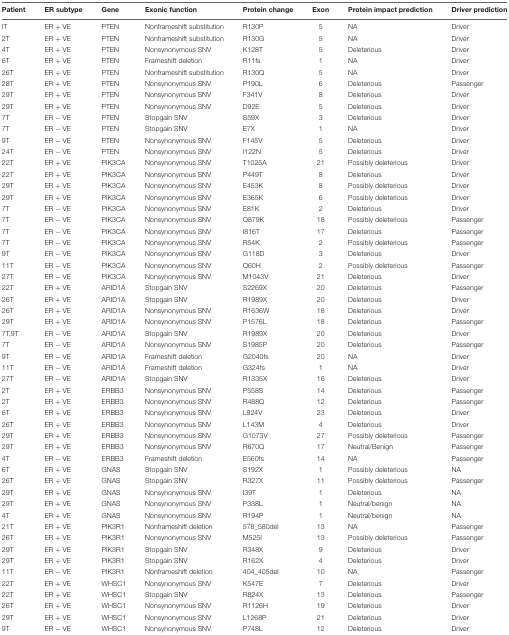
<table><thead><tr><td><b>Patient</b></td><td><b>ER subtype</b></td><td><b>Gene</b></td><td><b>Exonic function</b></td><td><b>Protein change</b></td><td><b>Exon</b></td><td><b>Protein impact prediction</b></td><td><b>Driver prediction</b></td></tr></thead><tbody><tr><td>IT</td><td>ER + VE</td><td>PTEN</td><td>Nonframeshift substitution</td><td>R130P</td><td>5</td><td>NA</td><td>Driver</td></tr><tr><td>2T</td><td>ER + VE</td><td>PTEN</td><td>Nonframeshift substitution</td><td>R130G</td><td>5</td><td>NA</td><td>Driver</td></tr><tr><td>4T</td><td>ER + VE</td><td>PTEN</td><td>Nonsynonymous SNV</td><td>K128T</td><td>5</td><td>Deleterious</td><td>Driver</td></tr><tr><td>6T</td><td>ER + VE</td><td>PTEN</td><td>Frameshift deletion</td><td>R11fs</td><td>1</td><td>NA</td><td>Driver</td></tr><tr><td>26T</td><td>ER + VE</td><td>PTEN</td><td>Nonframeshift substitution</td><td>R130Q</td><td>5</td><td>NA</td><td>Driver</td></tr><tr><td>28T</td><td>ER + VE</td><td>PTEN</td><td>Nonsynonymous SNV</td><td>P190L</td><td>6</td><td>Deleterious</td><td>Passenger</td></tr><tr><td>29T</td><td>ER + VE</td><td>PTEN</td><td>Nonsynonymous SNV</td><td>F341V</td><td>8</td><td>Deleterious</td><td>Driver</td></tr><tr><td>29T</td><td>ER + VE</td><td>PTEN</td><td>Nonsynonymous SNV</td><td>D92E</td><td>5</td><td>Deleterious</td><td>Driver</td></tr><tr><td>7T</td><td>ER - VE</td><td>PTEN</td><td>Stopgain SNV</td><td>S59X</td><td>3</td><td>Deleterious</td><td>Driver</td></tr><tr><td>7T</td><td>ER - VE</td><td>PTEN</td><td>Stopgain SNV</td><td>E7X</td><td>1</td><td>NA</td><td>Driver</td></tr><tr><td>9T</td><td>ER - VE</td><td>PTEN</td><td>Nonsynonymous SNV</td><td>F145V</td><td>5</td><td>Deleterious</td><td>Driver</td></tr><tr><td>24T</td><td>ER - VE</td><td>PTEN</td><td>Nonsynonymous SNV</td><td>I122N</td><td>5</td><td>Deleterious</td><td>Driver</td></tr><tr><td>22T</td><td>ER + VE</td><td>PIK3CA</td><td>Nonsynonymous SNV</td><td>T1025A</td><td>21</td><td>Possibly deleterious</td><td>Driver</td></tr><tr><td>22T</td><td>ER + VE</td><td>PIK3CA</td><td>Nonsynonymous SNV</td><td>P449T</td><td>8</td><td>Deleterious</td><td>Driver</td></tr><tr><td>29T</td><td>ER + VE</td><td>PIK3CA</td><td>Nonsynonymous SNV</td><td>E453K</td><td>8</td><td>Possibly deleterious</td><td>Driver</td></tr><tr><td>29T</td><td>ER + VE</td><td>PIK3CA</td><td>Nonsynonymous SNV</td><td>E365K</td><td>6</td><td>Possibly deleterious</td><td>Driver</td></tr><tr><td>7T</td><td>ER - VE</td><td>PIK3CA</td><td>Nonsynonymous SNV</td><td>E81K</td><td>2</td><td>Deleterious</td><td>Driver</td></tr><tr><td>7T</td><td>ER - VE</td><td>PIK3CA</td><td>Nonsynonymous SNV</td><td>Q879K</td><td>18</td><td>Possibly deleterious</td><td>Passenger</td></tr><tr><td>7T</td><td>ER - VE</td><td>PIK3CA</td><td>Nonsynonymous SNV</td><td>I816T</td><td>17</td><td>Deleterious</td><td>Passenger</td></tr><tr><td>7T</td><td>ER - VE</td><td>PIK3CA</td><td>Nonsynonymous SNV</td><td>R54K</td><td>2</td><td>Possibly deleterious</td><td>Passenger</td></tr><tr><td>9T</td><td>ER - VE</td><td>PIK3CA</td><td>Nonsynonymous SNV</td><td>G118D</td><td>3</td><td>Deleterious</td><td>Driver</td></tr><tr><td>11T</td><td>ER - VE</td><td>PIK3CA</td><td>Nonsynonymous SNV</td><td>Q60H</td><td>2</td><td>Possibly deleterious</td><td>Passenger</td></tr><tr><td>27T</td><td>ER - VE</td><td>PIK3CA</td><td>Nonsynonymous SNV</td><td>M1043V</td><td>21</td><td>Deleterious</td><td>Driver</td></tr><tr><td>22T</td><td>ER + VE</td><td>ARID1A</td><td>Stopgain SNV</td><td>S2269X</td><td>20</td><td>Deleterious</td><td>Passenger</td></tr><tr><td>26T</td><td>ER + VE</td><td>ARID1A</td><td>Stopgain SNV</td><td>R1989X</td><td>20</td><td>Deleterious</td><td>Driver</td></tr><tr><td>26T</td><td>ER + VE</td><td>ARID1A</td><td>Nonsynonymous SNV</td><td>R1636W</td><td>18</td><td>Deleterious</td><td>Driver</td></tr><tr><td>29T</td><td>ER + VE</td><td>ARID1A</td><td>Nonsynonymous SNV</td><td>P1576L</td><td>18</td><td>Deleterious</td><td>Passenger</td></tr><tr><td>7T,9T</td><td>ER - VE</td><td>ARID1A</td><td>Stopgain SNV</td><td>R1989X</td><td>20</td><td>Deleterious</td><td>Driver</td></tr><tr><td>7T</td><td>ER - VE</td><td>ARID1A</td><td>Nonsynonymous SNV</td><td>S1985P</td><td>20</td><td>Deleterious</td><td>Passenger</td></tr><tr><td>9T</td><td>ER - VE</td><td>ARID1A</td><td>Frameshift deletion</td><td>G2040fs</td><td>20</td><td>NA</td><td>Driver</td></tr><tr><td>11T</td><td>ER - VE</td><td>ARID1A</td><td>Frameshift deletion</td><td>G324fs</td><td>1</td><td>NA</td><td>Driver</td></tr><tr><td>27T</td><td>ER - VE</td><td>ARID1A</td><td>Stopgain SNV</td><td>R1335X</td><td>16</td><td>Deleterious</td><td>Driver</td></tr><tr><td>2T</td><td>ER + VE</td><td>ERBB3</td><td>Nonsynonymous SNV</td><td>P558S</td><td>14</td><td>Deleterious</td><td>Passenger</td></tr><tr><td>2T</td><td>ER + VE</td><td>ERBB3</td><td>Nonsynonymous SNV</td><td>R488Q</td><td>12</td><td>Deleterious</td><td>Passenger</td></tr><tr><td>6T</td><td>ER + VE</td><td>ERBB3</td><td>Nonsynonymous SNV</td><td>L924V</td><td>23</td><td>Deleterious</td><td>Driver</td></tr><tr><td>26T</td><td>ER + VE</td><td>ERBB3</td><td>Nonsynonymous SNV</td><td>L143M</td><td>4</td><td>Deleterious</td><td>Driver</td></tr><tr><td>29T</td><td>ER + VE</td><td>ERBB3</td><td>Nonsynonymous SNV</td><td>G1073V</td><td>27</td><td>Possibly deleterious</td><td>Passenger</td></tr><tr><td>29T</td><td>ER + VE</td><td>ERBB3</td><td>Nonsynonymous SNV</td><td>R670Q</td><td>17</td><td>Neutral/Benign</td><td>Passenger</td></tr><tr><td>4T</td><td>ER - VE</td><td>ERBB3</td><td>Frameshift deletion</td><td>E560fs</td><td>14</td><td>NA</td><td>Passenger</td></tr><tr><td>6T</td><td>ER + VE</td><td>GNAS</td><td>Stopgain SNV</td><td>S192X</td><td>1</td><td>Possibly deleterious</td><td>NA</td></tr><tr><td>26T</td><td>ER + VE</td><td>GNAS</td><td>Stopgain SNV</td><td>R327X</td><td>11</td><td>Possibly deleterious</td><td>Passenger</td></tr><tr><td>29T</td><td>ER + VE</td><td>GNAS</td><td>Nonsynonymous SNV</td><td>I39T</td><td>1</td><td>Deleterious</td><td>NA</td></tr><tr><td>29T</td><td>ER + VE</td><td>GNAS</td><td>Nonsynonymous SNV</td><td>P338L</td><td>1</td><td>Neutral/benign</td><td>NA</td></tr><tr><td>4T</td><td>ER + VE</td><td>GNAS</td><td>Nonsynonymous SNV</td><td>R194P</td><td>1</td><td>Neutral/benign</td><td>NA</td></tr><tr><td>21T</td><td>ER + VE</td><td>PIK3R1</td><td>Nonframeshift deletion</td><td>578_580del</td><td>13</td><td>NA</td><td>Passenger</td></tr><tr><td>26T</td><td>ER + VE</td><td>PIK3R1</td><td>Nonsynonymous SNV</td><td>M525I</td><td>13</td><td>Possibly deleterious</td><td>Passenger</td></tr><tr><td>29T</td><td>ER + VE</td><td>PIK3R1</td><td>Stopgain SNV</td><td>R348X</td><td>9</td><td>Deleterious</td><td>Driver</td></tr><tr><td>29T</td><td>ER + VE</td><td>PIK3R1</td><td>Stopgain SNV</td><td>R162X</td><td>4</td><td>Deleterious</td><td>Driver</td></tr><tr><td>11T</td><td>ER - VE</td><td>PIK3R1</td><td>Nonframeshift deletion</td><td>404_405del</td><td>10</td><td>NA</td><td>Passenger</td></tr><tr><td>22T</td><td>ER + VE</td><td>WHSC1</td><td>Nonsynonymous SNV</td><td>K547E</td><td>7</td><td>Deleterious</td><td>Driver</td></tr><tr><td>22T</td><td>ER + VE</td><td>WHSC1</td><td>Stopgain SNV</td><td>R824X</td><td>13</td><td>Deleterious</td><td>Passenger</td></tr><tr><td>26T</td><td>ER + VE</td><td>WHSC1</td><td>Nonsynonymous SNV</td><td>R1126H</td><td>19</td><td>Deleterious</td><td>Driver</td></tr><tr><td>29T</td><td>ER + VE</td><td>WHSC1</td><td>Nonsynonymous SNV</td><td>L1268P</td><td>21</td><td>Deleterious</td><td>Driver</td></tr><tr><td>9T</td><td>ER - VE</td><td>WHSC1</td><td>Nonsynonymous SNV</td><td>P748L</td><td>12</td><td>Deleterious</td><td>Driver</td></tr></tbody></table>